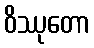
ဝိဿုတော